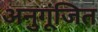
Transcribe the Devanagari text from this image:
अनुगूंजित